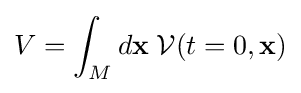
V=\int _{M}d{\mathbf {x} }\;{\mathcal {V}}(t=0,{\mathbf {x} })